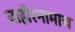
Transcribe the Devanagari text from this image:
जाहीरनामाच